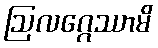
ဩလဂ္ဂေဿာမိ